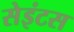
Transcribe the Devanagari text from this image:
सेइंटस